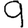
Digit: 9